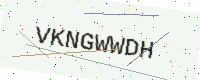
Text: VKNGWWDH